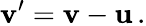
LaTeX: \mathbf{v^{\prime}}=\mathbf{v}-\mathbf{u}\, .